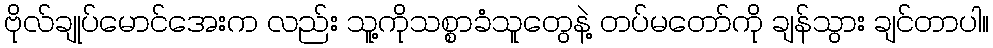
ဗိုလ်ချုပ်မောင်အေးက လည်း သူ့ကိုသစ္စာခံသူတွေနဲ့ တပ်မတော်ကို ချန်သွား ချင်တာပါ။